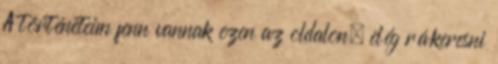
A történeteim fenn vannak ezen az oldalon, elég rákeresni